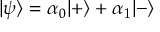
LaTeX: | \psi \rangle = \alpha _ { 0 } | + \rangle + \alpha _ { 1 } | - \rangle